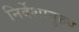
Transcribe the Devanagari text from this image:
निर्देशानुरुप